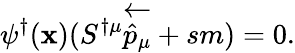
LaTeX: \psi^{\dagger}(\mathbf{x})(S^{\dagger\mu}\overleftarrow{{{\hat{{p}}}_{\mu}}}+sm)=0.